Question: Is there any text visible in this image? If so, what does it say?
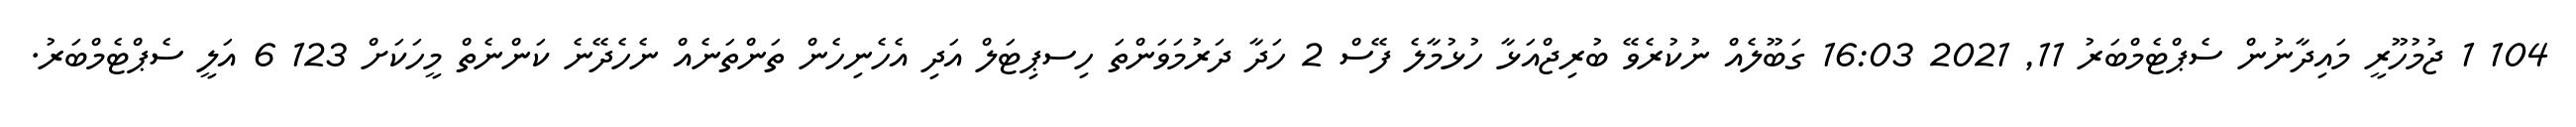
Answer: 104 1 ޖުމުހޫރީ މައިދާނުން ސެޕްޓެމްބަރު 11, 2021 16:03 ގަބޫލެއް ނުކުރެވޭ ބުރިޖްއަޅާ ހުޅުމާލެ ފޭސް 2 ހަދާ ދަރުމަވަންތަ ހިސޕިޓަލް އަދި އެހެނިހެން ތަންތަނެއް ނެހެދޭނެ ކަންނެތް މީހަކަށް 123 6 އަލީ ސެޕްޓެމްބަރު.